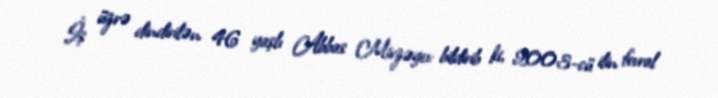
İş üzrə dindirilən 46 yaşlı Abbas Mirzəyev bildirib ki, 2003-cü ilin fevral